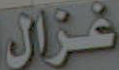
غزال